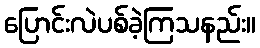
ပြောင်းလဲပစ်ခဲ့ကြသနည်း။